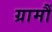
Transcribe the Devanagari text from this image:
ग्रामौं